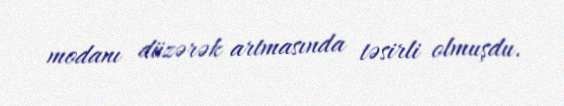
modanı düzərək artmasında təsirli olmuşdu.